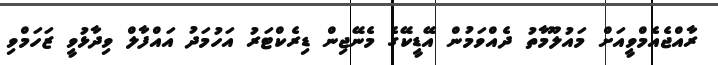
ރާއްޖެއެމްވީއަށް މައުލޫމާތު ދެއްވަމުން އޭޑީކޭގެ މެނޭޖިން ޑިރެކްޓަރު އަހުމަދު އައްފާލް ވިދާޅުވީ ޒަހަމްވި